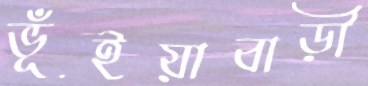
ভূঁইয়াবাড়ী